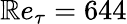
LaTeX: \mathbb{R}e_{\tau}=644